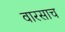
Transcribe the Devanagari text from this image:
वारसाच